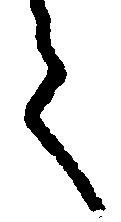
之